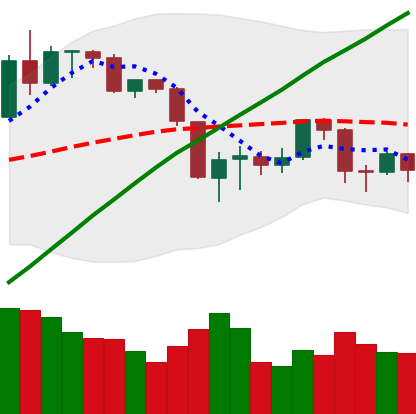
Ticker: BTC-USD
Chart end date: 2019-08-24
Forward return: -6.395%
Label: down_5_7